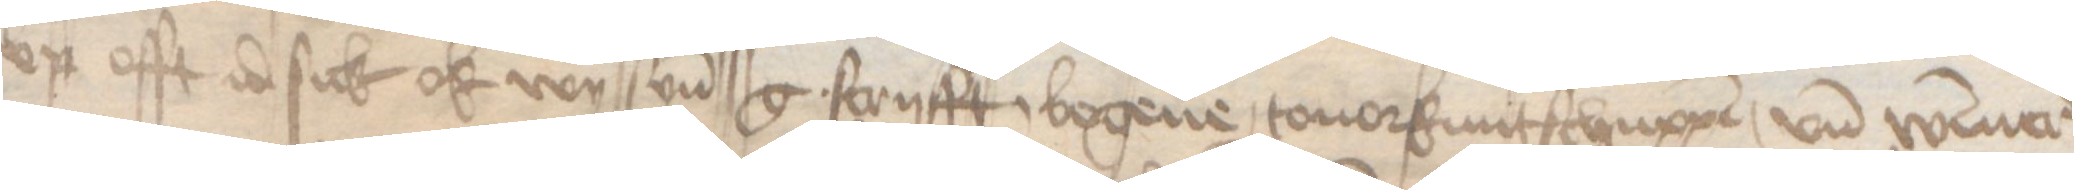
vp offt id sick ok wy syn g. scryfft, bogene, touorkuntschuppen, vnd Wismer